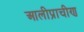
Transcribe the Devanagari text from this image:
आलीप्राचीण